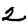
Digit: 2